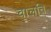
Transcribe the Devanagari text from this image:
चालति